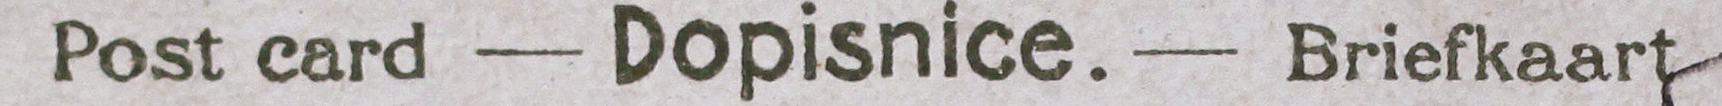
Post card -Dopisnice.-briefkaart